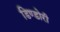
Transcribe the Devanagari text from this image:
डिण्डोरी